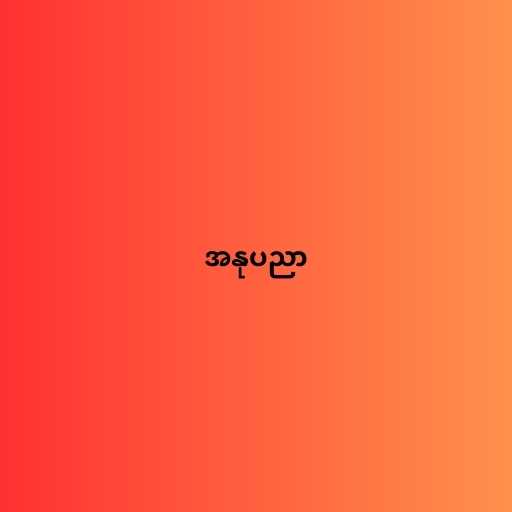
အနုပညာ